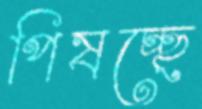
পিষচ্ছে